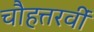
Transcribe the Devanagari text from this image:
चौहत्तरवीं